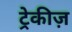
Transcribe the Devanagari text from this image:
ट्रेकीज़